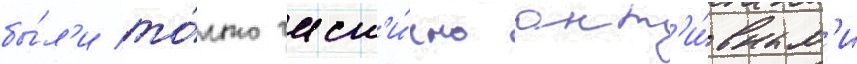
бы́л'и то́лько част'и́чно акт'и́вным'и